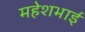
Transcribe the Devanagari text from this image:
महेशभाई